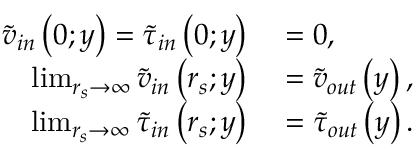
\begin{array} { r l } { \widetilde { v } _ { i n } \left( 0 ; y \right) = \widetilde { \tau } _ { i n } \left( 0 ; y \right) } & { { } = 0 , } \\ { \operatorname* { l i m } _ { r _ { s } \to \infty } \widetilde { v } _ { i n } \left( r _ { s } ; y \right) } & { { } = \widetilde { v } _ { o u t } \left( y \right) , } \\ { \operatorname* { l i m } _ { r _ { s } \to \infty } \widetilde { \tau } _ { i n } \left( r _ { s } ; y \right) } & { { } = \widetilde { \tau } _ { o u t } \left( y \right) . } \end{array}